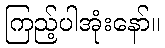
ကြည့်ပါအုံးနော်။